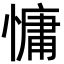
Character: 慵